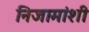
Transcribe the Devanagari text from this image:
निजामांशी